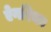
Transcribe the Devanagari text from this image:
ऐनरिका